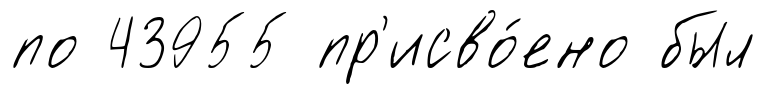
по 43955 пр'исво́ено был